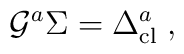
\mathcal{G}^{a}\Sigma =\Delta _{\mathrm{cl}}^{a}\;,